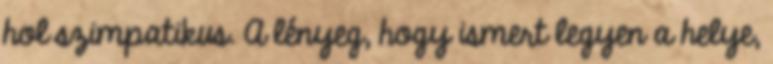
hol szimpatikus. A lényeg, hogy ismert legyen a helye,